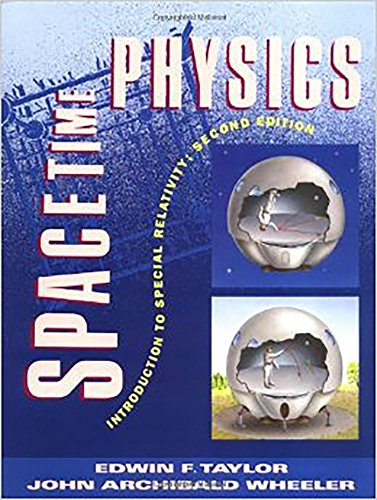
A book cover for Spacetime Physics; Edwin F. Taylor; Science & Math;